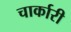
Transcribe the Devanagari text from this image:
चार्कारी